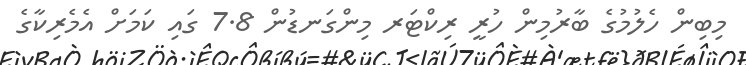
މިބިން ހެލުމުގެ ބާރުމިން ހުރީ ރިކްޓަރ މިންގަނޑުން 7.8 ގައި ކަމަށް އެމެރިކާގެ